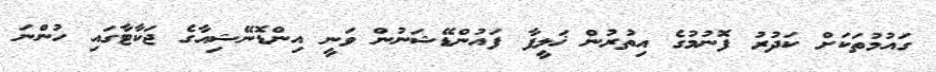
ގައުމުތަކަށް ކަދުރު ފޮނުމުގެ އިތުރުން ޚަލީފާ ފައުންޑޭޝަނުން ވަނީ އިންޑޮނޭޝިއާގެ ޖަކާޓާގައި ހުންނަ